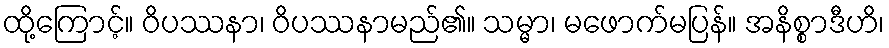
ထို့ကြောင့်။ ဝိပဿနာ၊ ဝိပဿနာမည်၏။ သမ္မာ၊ မဖောက်မပြန်။ အနိစ္စာဒီဟိ၊